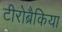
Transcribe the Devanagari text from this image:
टीरोब्रैकिया